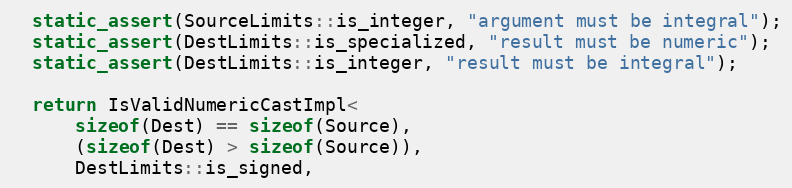
Language: C
  static_assert(SourceLimits::is_integer, "argument must be integral");
  static_assert(DestLimits::is_specialized, "result must be numeric");
  static_assert(DestLimits::is_integer, "result must be integral");

  return IsValidNumericCastImpl<
      sizeof(Dest) == sizeof(Source),
      (sizeof(Dest) > sizeof(Source)),
      DestLimits::is_signed,